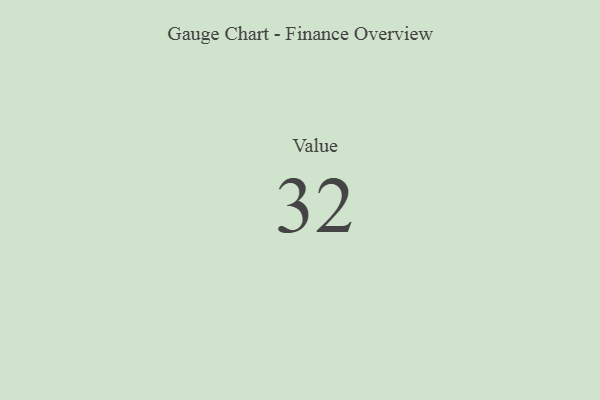
{"axis": {"x": "Metric", "y": "Value"}, "legend": [""], "data": [{"x": "Value", "y": 32, "type": ""}]}